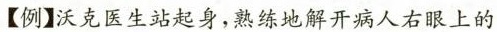
【例】沃克医生站起身，熟练地解开病人右眼上的